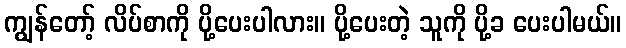
ကျွန်တော့် လိပ်စာကို ပို့ပေးပါလား။ ပို့ပေးတဲ့ သူကို ပို့ခ ပေးပါမယ်။